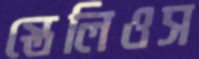
স্তেলিওস